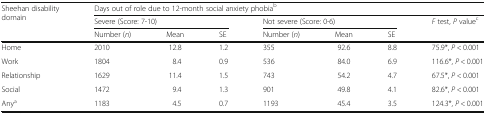
| <ROWSPAN=3> Sheehan disability domain | <COLSPAN=7> Days out of role due to 12-month social anxiety phobiab |
 | <COLSPAN=3> Severe (Score: 7-10) | <COLSPAN=3> Not severe (Score: 0-6) | <ROWSPAN=2> F test, P valuec |
 | Number (n) | Mean | SE | Number (n) | Mean | SE |
 | --- | --- | --- | --- | --- | --- | --- | --- |
 | Home | 2010 | 12.8 | 1.2 | 355 | 92.6 | 8.8 | 75.9*, P < 0.001 |
 | Work | 1804 | 8.4 | 0.9 | 536 | 84.0 | 6.9 | 116.6*, P < 0.001 |
 | Relationship | 1629 | 11.4 | 1.5 | 743 | 54.2 | 4.7 | 67.5*, P < 0.001 |
 | Social | 1472 | 9.4 | 1.3 | 901 | 49.8 | 4.1 | 82.6*, P < 0.001 |
 | Anya | 1183 | 4.5 | 0.7 | 1193 | 45.4 | 3.5 | 124.3*, P < 0.001 |